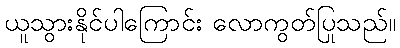
ယူသွားနိုင်ပါကြောင်း လောကွတ်ပြုသည်။